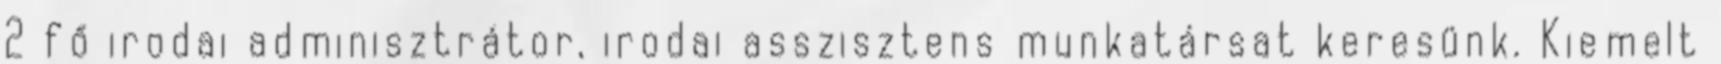
2 fő irodai adminisztrátor, irodai asszisztens munkatársat keresünk. Kiemelt